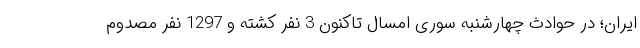
ایران؛ در حوادث چهارشنبه سوری امسال تاکنون 3 نفر کشته و 1297 نفر مصدوم